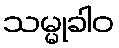
သမ္မုခါဝ